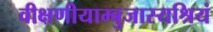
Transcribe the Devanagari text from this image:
वीक्षणीयाम्बुजास्यश्रियं